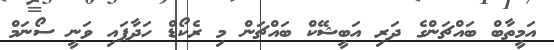
އަމީތާބް ބައްޗަންގެ ދަރި އަބީޝޭކް ބައްޗަން މި ރެކޯޑް ހަދާފައި ވަނީ ސޯނަމް